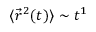
\langle { \vec { r } } ^ { 2 } ( t ) \rangle \sim t ^ { 1 }